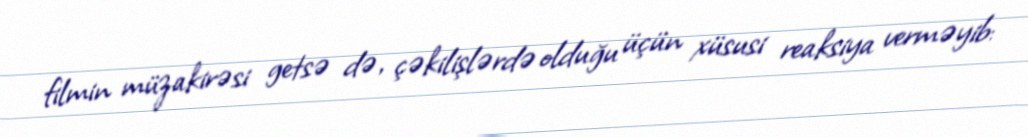
filmin müzakirəsi getsə də, çəkilişlərdə olduğu üçün xüsusi reaksiya verməyib: